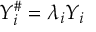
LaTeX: Y _ { i } ^ { \# } = \lambda _ { i } Y _ { i }